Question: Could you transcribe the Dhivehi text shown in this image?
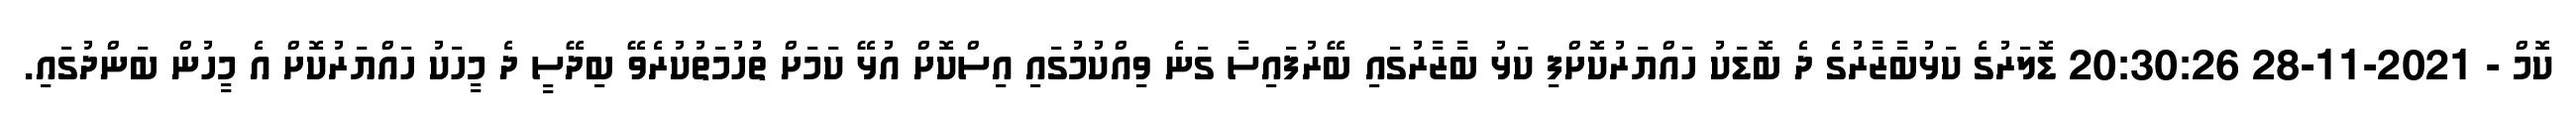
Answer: ކޮމް - 2021-11-28 20:30:26 ޑޮލަރުގެ ކަޅުބާޒާރުގެ ދެ ބޮޑަކު ހައްޔަރުކޮށްފި ކަޅު ބާޒާރުގައި ބޭރުފައިސާ ގަނެ ވިއްކުމުގައި އިސްކޮށް އުޅޭ ކަމަށް ތުުހުމަތުކުރެވޭ ބިދޭސީ ދެ މީހަކު ހައްޔަރުކޮށް އެ މީހުން ބަންދުގައި.